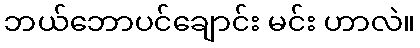
ဘယ်ဘောပင်ချောင်း မင်း ဟာလဲ။